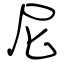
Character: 尼